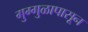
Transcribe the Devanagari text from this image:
गुग्गुळापासून